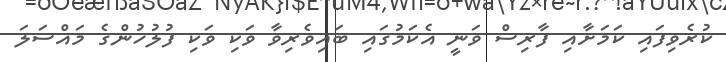
ކުރެވިފައި ކަމަށާއި ފާރިސް ވަނީ އެކަމުގައި ބައިވެރިވާ ވަކި ވަކި ފުލުހުންގެ މައްސަލަ